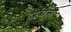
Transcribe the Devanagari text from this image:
टीबीसी